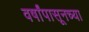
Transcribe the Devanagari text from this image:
वर्षांपासूनच्या